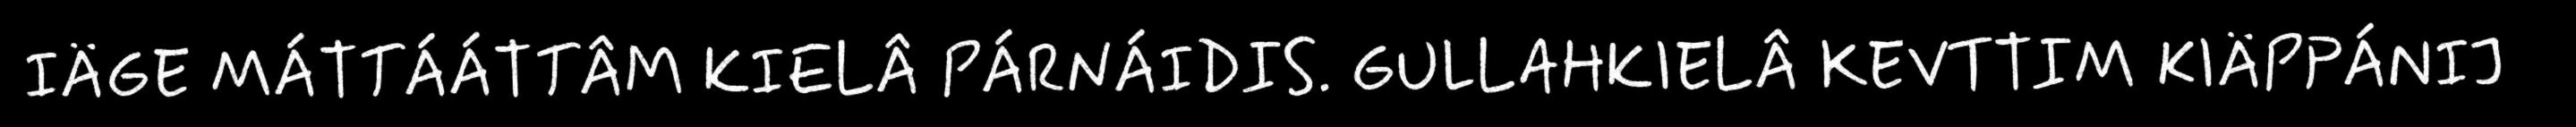
IÄGE MÁTTÁÁTTÂM KIELÂ PÁRNÁIDIS. GULLAHKIELÂ KEVTTIM KIÄPPÁNIJ